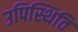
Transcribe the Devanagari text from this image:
उपिस्थिति